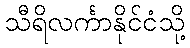
သီရိလင်္ကာနိုင်ငံသို့